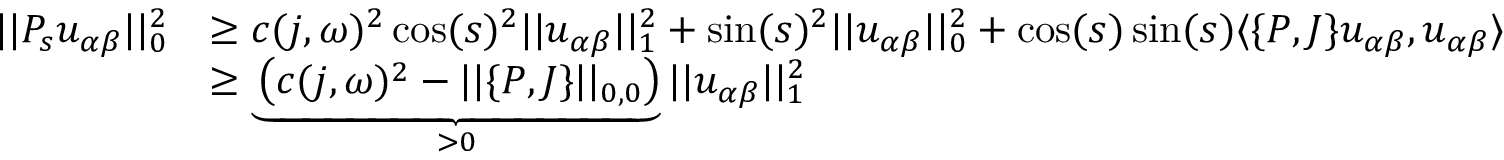
\begin{array} { r l } { | | P _ { s } u _ { \alpha \beta } | | _ { 0 } ^ { 2 } } & { \geq c ( j , \omega ) ^ { 2 } \cos ( s ) ^ { 2 } | | u _ { \alpha \beta } | | _ { 1 } ^ { 2 } + \sin ( s ) ^ { 2 } | | u _ { \alpha \beta } | | _ { 0 } ^ { 2 } + \cos ( s ) \sin ( s ) \langle \{ P , J \} u _ { \alpha \beta } , u _ { \alpha \beta } \rangle } \\ & { \geq \underbrace { \left( c ( j , \omega ) ^ { 2 } - | | \{ P , J \} | | _ { 0 , 0 } \right) } _ { > 0 } | | u _ { \alpha \beta } | | _ { 1 } ^ { 2 } } \end{array}